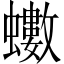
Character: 𮕍